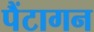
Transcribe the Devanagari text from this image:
पैंटागन